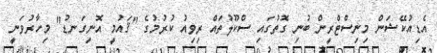
އެޑިއުކޭޝަން މިނިސްޓްރީން ބުނި ގޮތުގައި ސްކޫލުތައް ރިވިއު ކުރުމުގެ "ޤައުމީ އޮނިގަނޑު" މިހާރުވަނީ